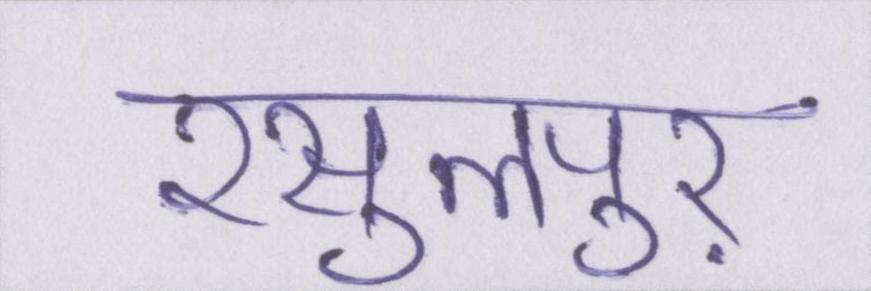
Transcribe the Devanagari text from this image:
रसुलपुर